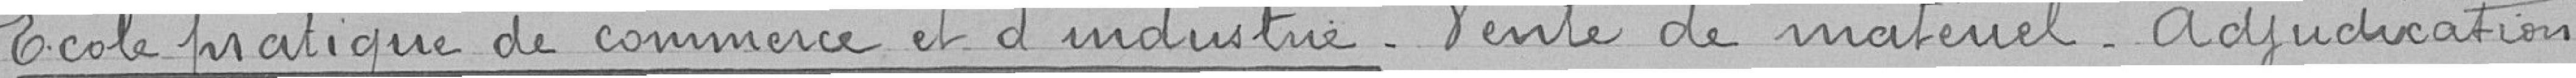
Ecole pratique de commerce et d'industrie. Vente de matériel. Adjudication